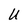
Character: U